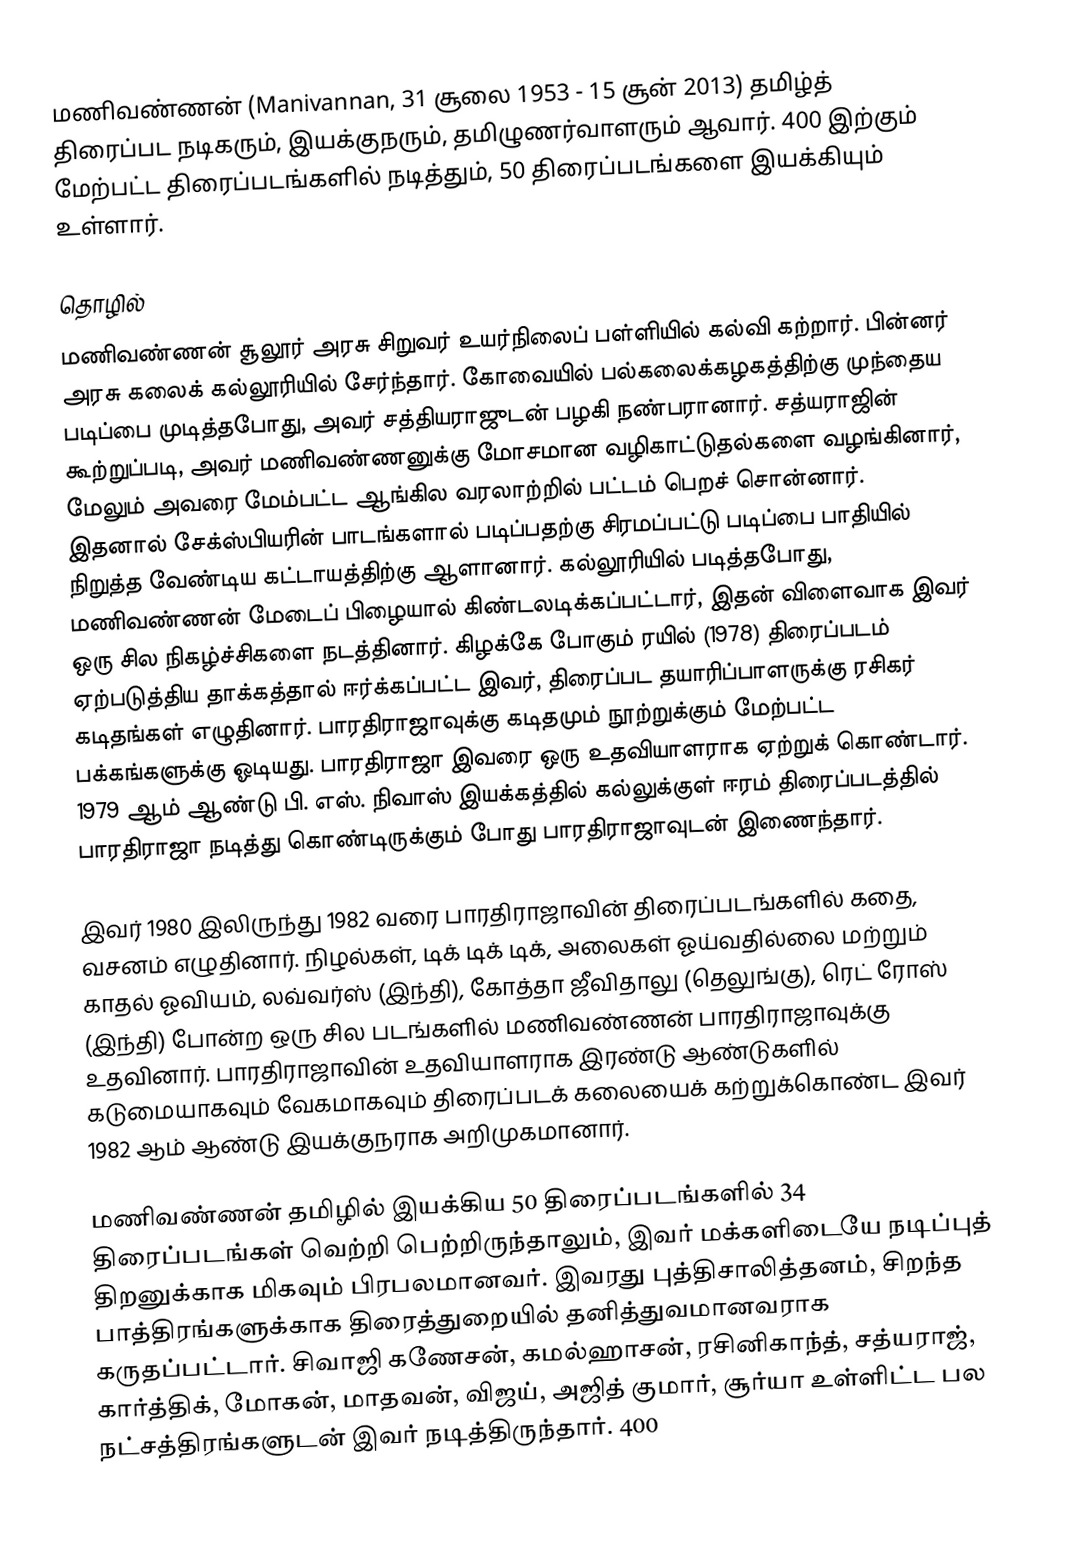
மணிவண்ணன் (Manivannan, 31 சூலை 1953 - 15 சூன் 2013) தமிழ்த் திரைப்பட நடிகரும், இயக்குநரும், தமிழுணர்வாளரும் ஆவார். 400 இற்கும் மேற்பட்ட திரைப்படங்களில் நடித்தும், 50 திரைப்படங்களை இயக்கியும் உள்ளார்.

தொழில்
மணிவண்ணன் சூலூர் அரசு சிறுவர் உயர்நிலைப் பள்ளியில் கல்வி கற்றார். பின்னர் அரசு கலைக் கல்லூரியில் சேர்ந்தார். கோவையில் பல்கலைக்கழகத்திற்கு முந்தைய படிப்பை முடித்தபோது, அவர் சத்தியராஜுடன் பழகி நண்பரானார். சத்யராஜின் கூற்றுப்படி, அவர் மணிவண்ணனுக்கு மோசமான வழிகாட்டுதல்களை வழங்கினார், மேலும் அவரை மேம்பட்ட ஆங்கில வரலாற்றில் பட்டம் பெறச் சொன்னார். இதனால் சேக்ஸ்பியரின் பாடங்களால் படிப்பதற்கு சிரமப்பட்டு படிப்பை பாதியில் நிறுத்த வேண்டிய கட்டாயத்திற்கு ஆளானார். கல்லூரியில் படித்தபோது, மணிவண்ணன் மேடைப் பிழையால் கிண்டலடிக்கப்பட்டார், இதன் விளைவாக இவர் ஒரு சில நிகழ்ச்சிகளை நடத்தினார். கிழக்கே போகும் ரயில் (1978) திரைப்படம் ஏற்படுத்திய தாக்கத்தால் ஈர்க்கப்பட்ட இவர், திரைப்பட தயாரிப்பாளருக்கு ரசிகர் கடிதங்கள் எழுதினார். பாரதிராஜாவுக்கு கடிதமும் நூற்றுக்கும் மேற்பட்ட பக்கங்களுக்கு ஓடியது. பாரதிராஜா இவரை ஒரு உதவியாளராக ஏற்றுக் கொண்டார். 1979 ஆம் ஆண்டு பி. எஸ். நிவாஸ் இயக்கத்தில் கல்லுக்குள் ஈரம் திரைப்படத்தில் பாரதிராஜா நடித்து கொண்டிருக்கும் போது பாரதிராஜாவுடன் இணைந்தார்.

இவர் 1980 இலிருந்து 1982 வரை பாரதிராஜாவின் திரைப்படங்களில் கதை, வசனம் எழுதினார். நிழல்கள், டிக் டிக் டிக், அலைகள் ஓய்வதில்லை மற்றும் காதல் ஓவியம், லவ்வர்ஸ் (இந்தி), கோத்தா ஜீவிதாலு (தெலுங்கு), ரெட் ரோஸ் (இந்தி) போன்ற ஒரு சில படங்களில் மணிவண்ணன் பாரதிராஜாவுக்கு உதவினார். பாரதிராஜாவின் உதவியாளராக இரண்டு ஆண்டுகளில் கடுமையாகவும் வேகமாகவும் திரைப்படக் கலையைக் கற்றுக்கொண்ட இவர் 1982 ஆம் ஆண்டு இயக்குநராக அறிமுகமானார்.

மணிவண்ணன் தமிழில் இயக்கிய 50 திரைப்படங்களில்  34 திரைப்படங்கள் வெற்றி பெற்றிருந்தாலும், இவர் மக்களிடையே நடிப்புத் திறனுக்காக மிகவும் பிரபலமானவர். இவரது புத்திசாலித்தனம், சிறந்த பாத்திரங்களுக்காக திரைத்துறையில் தனித்துவமானவராக கருதப்பட்டார். சிவாஜி கணேசன், கமல்ஹாசன், ரசினிகாந்த், சத்யராஜ், கார்த்திக், மோகன், மாதவன், விஜய், அஜித் குமார், சூர்யா உள்ளிட்ட பல நட்சத்திரங்களுடன் இவர் நடித்திருந்தார். 400